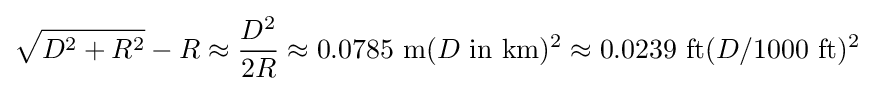
{\sqrt {D^{2}+R^{2}}}-R\approx {\frac {D^{2}}{2R}}\approx 0.0785{\text{ m}}(D{\text{ in km}})^{2}\approx 0.0239{\text{ ft}}(D/1000{\text{ ft}})^{2}